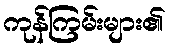
ကုန်ကြမ်းများ၏